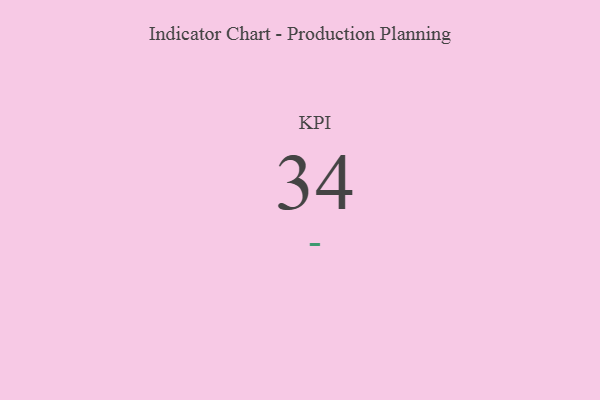
{"axis": {"x": "KPI", "y": "Value"}, "legend": [""], "data": [{"x": "KPI", "y": 34, "type": ""}]}